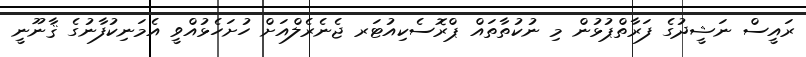
ރައީސް ނަޝީދުގެ ފަރާތްޕުޅުން މި ނުކުތާތައް ޕްރޮސެކިއުޓަރ ޖެނެރެލްއަށް ހުށަހެޅުއްވީ އެމަނިކުފާނުގެ ޤާނޫނީ